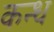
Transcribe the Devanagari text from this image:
कन्ध